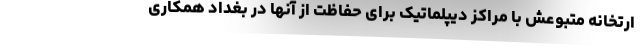
ارتخانه متبوعش با مراکز دیپلماتیک برای حفاظت از آنها در بغداد همکاری